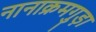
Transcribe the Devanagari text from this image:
नानाक्रमगुड़ा